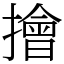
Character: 𢶒